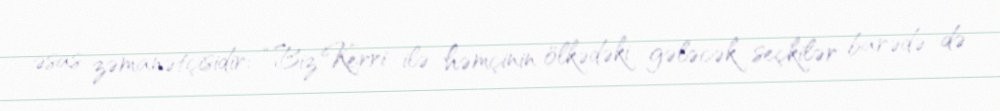
əsas zəmanətçisidir: “Biz Kerri ilə həmçinin ölkədəki gələcək seçkilər barədə də